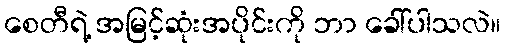
စေတီရဲ့ အမြင့်ဆုံးအပိုင်းကို ဘာ ခေါ်ပါသလဲ။